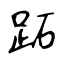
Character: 跖